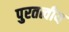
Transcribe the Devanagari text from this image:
पुरतत्वीय